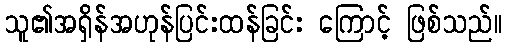
သူ၏အရှိန်အဟုန်ပြင်းထန်ခြင်း ကြောင့် ဖြစ်သည်။